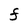
Character: F